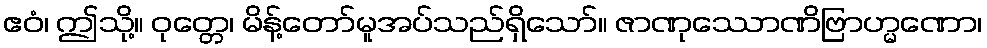
ဧဝံ၊ ဤသို့။ ဝုတ္တေ၊ မိန့်တော်မူအပ်သည်ရှိသော်။ ဇာဏုဿောဏိဗြာဟ္မဏော၊